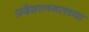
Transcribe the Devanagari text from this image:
प्रदेशालगतच्या